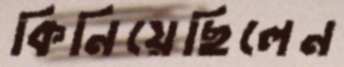
কিনিয়েছিলেন